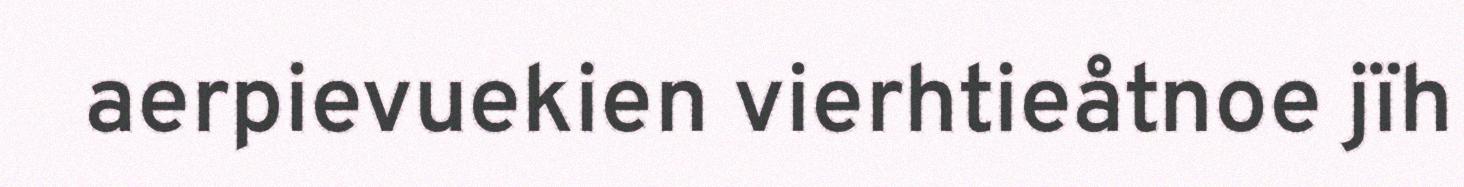
aerpievuekien vierhtieåtnoe jïh